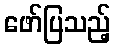
ဖော်ပြသည့်